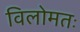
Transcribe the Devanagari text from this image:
विलोमतः